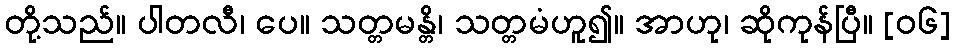
တို့သည်။ ပါတလီ၊ ပေ။ သတ္တမန္တိ၊ သတ္တမံဟူ၍။ အာဟု၊ ဆိုကုန်ပြီ။ [၀၆]